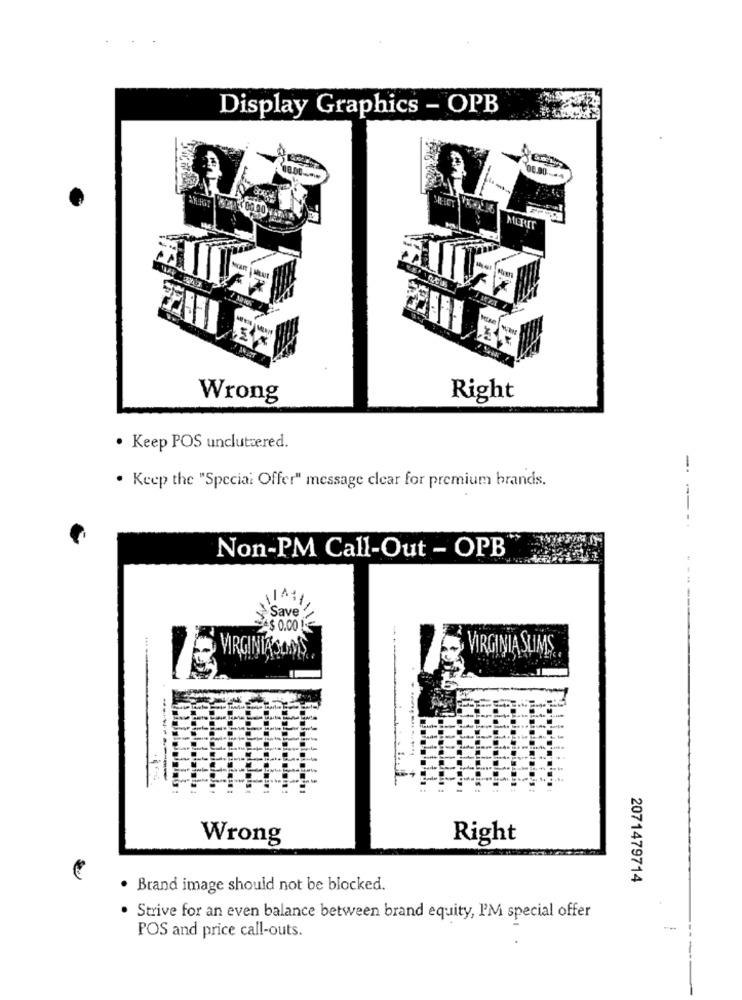
Display Graphics - OPB
Wrong
Right
· Keep POS unclutæred.
-
. Keep the "Special Offer" message clear for premium brands.
-
Non-PM Call-Out - OPB
Save
A$ 0.00 1
VIRGINIASONS
VIRGINIA SLIMS
Wrong
Right
2071479714
. Brand image should not be blocked.
Strive for an even balance between brand equity, I'M special offer
POS and price call-outs.